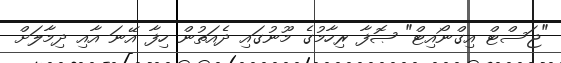
"ޖަސްޓް އިގްނޯއިޓް" ޞޮފާ ރިހާމުގެ މޫނުގައި ދެއަތުން ހިފާ އޭނަ އާއި ދިމާލަށް